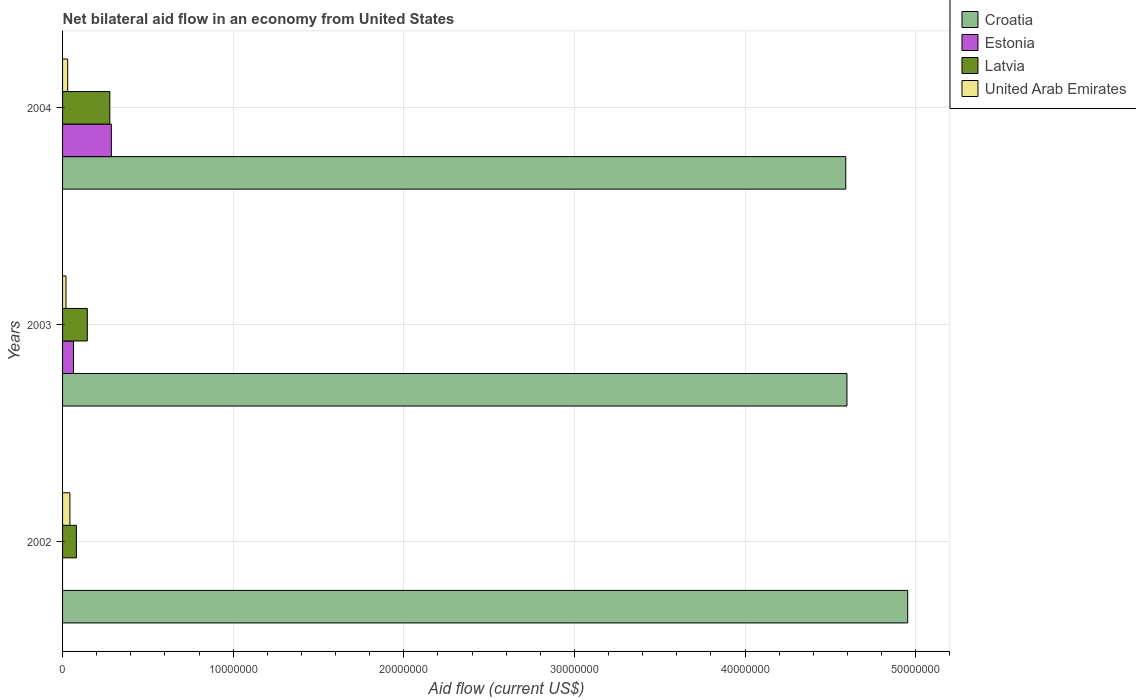
| Years | Croatia | Estonia | Latvia | United Arab Emirates |
 | --- | --- | --- | --- | --- |
 | 2002 | 4.95e+07 | -7.72e+06 | 8.1e+05 | 4.3e+05 |
 | 2003 | 4.6e+07 | 6.4e+05 | 1.45e+06 | 2e+05 |
 | 2004 | 4.59e+07 | 2.86e+06 | 2.77e+06 | 3e+05 |